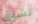
تشنق